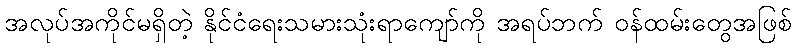
အလုပ်အကိုင်မရှိတဲ့ နိုင်ငံရေးသမားသုံးရာကျော်ကို အရပ်ဘက် ဝန်ထမ်းတွေအဖြစ်